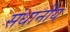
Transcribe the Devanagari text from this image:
संधानीय